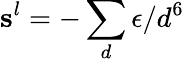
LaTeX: \mathbf{s}^{l}=-\sum_{d}\epsilon/d^{6}